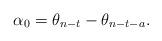
LaTeX: \begin{align*}\alpha_0=\theta_{n-t}-\theta_{n-t-a}.\end{align*}